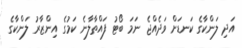
އަދި ލަންކާގެ ކަނޑަށް ވަދެއްޖެ ނަމަ ބޯޓު ފައްތާލާނެ ކަމުގެ އިންޒާރު ލަންކާގެ